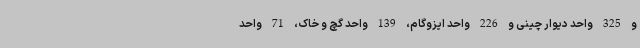
و 325 واحد دیوار چینی و 226 واحد ایزوگام، 139 واحد گچ و خاک، 71 واحد